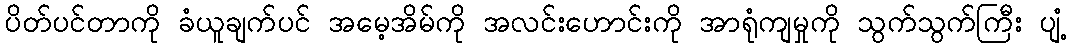
ပိတ်ပင်တာကို ခံယူချက်ပင် အမေ့အိမ်ကို အလင်းဟောင်းကို အာရုံကျမှုကို သွက်သွက်ကြီး ပျံ့